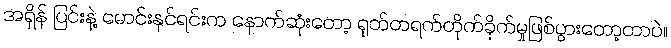
အရှိန် ပြင်းနဲ့ မောင်းနှင်ရင်းက နောက်ဆုံးတော့ ရုတ်တရက်တိုက်ခိုက်မှုဖြစ်ပွားတော့တာပဲ။